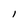
Character: l